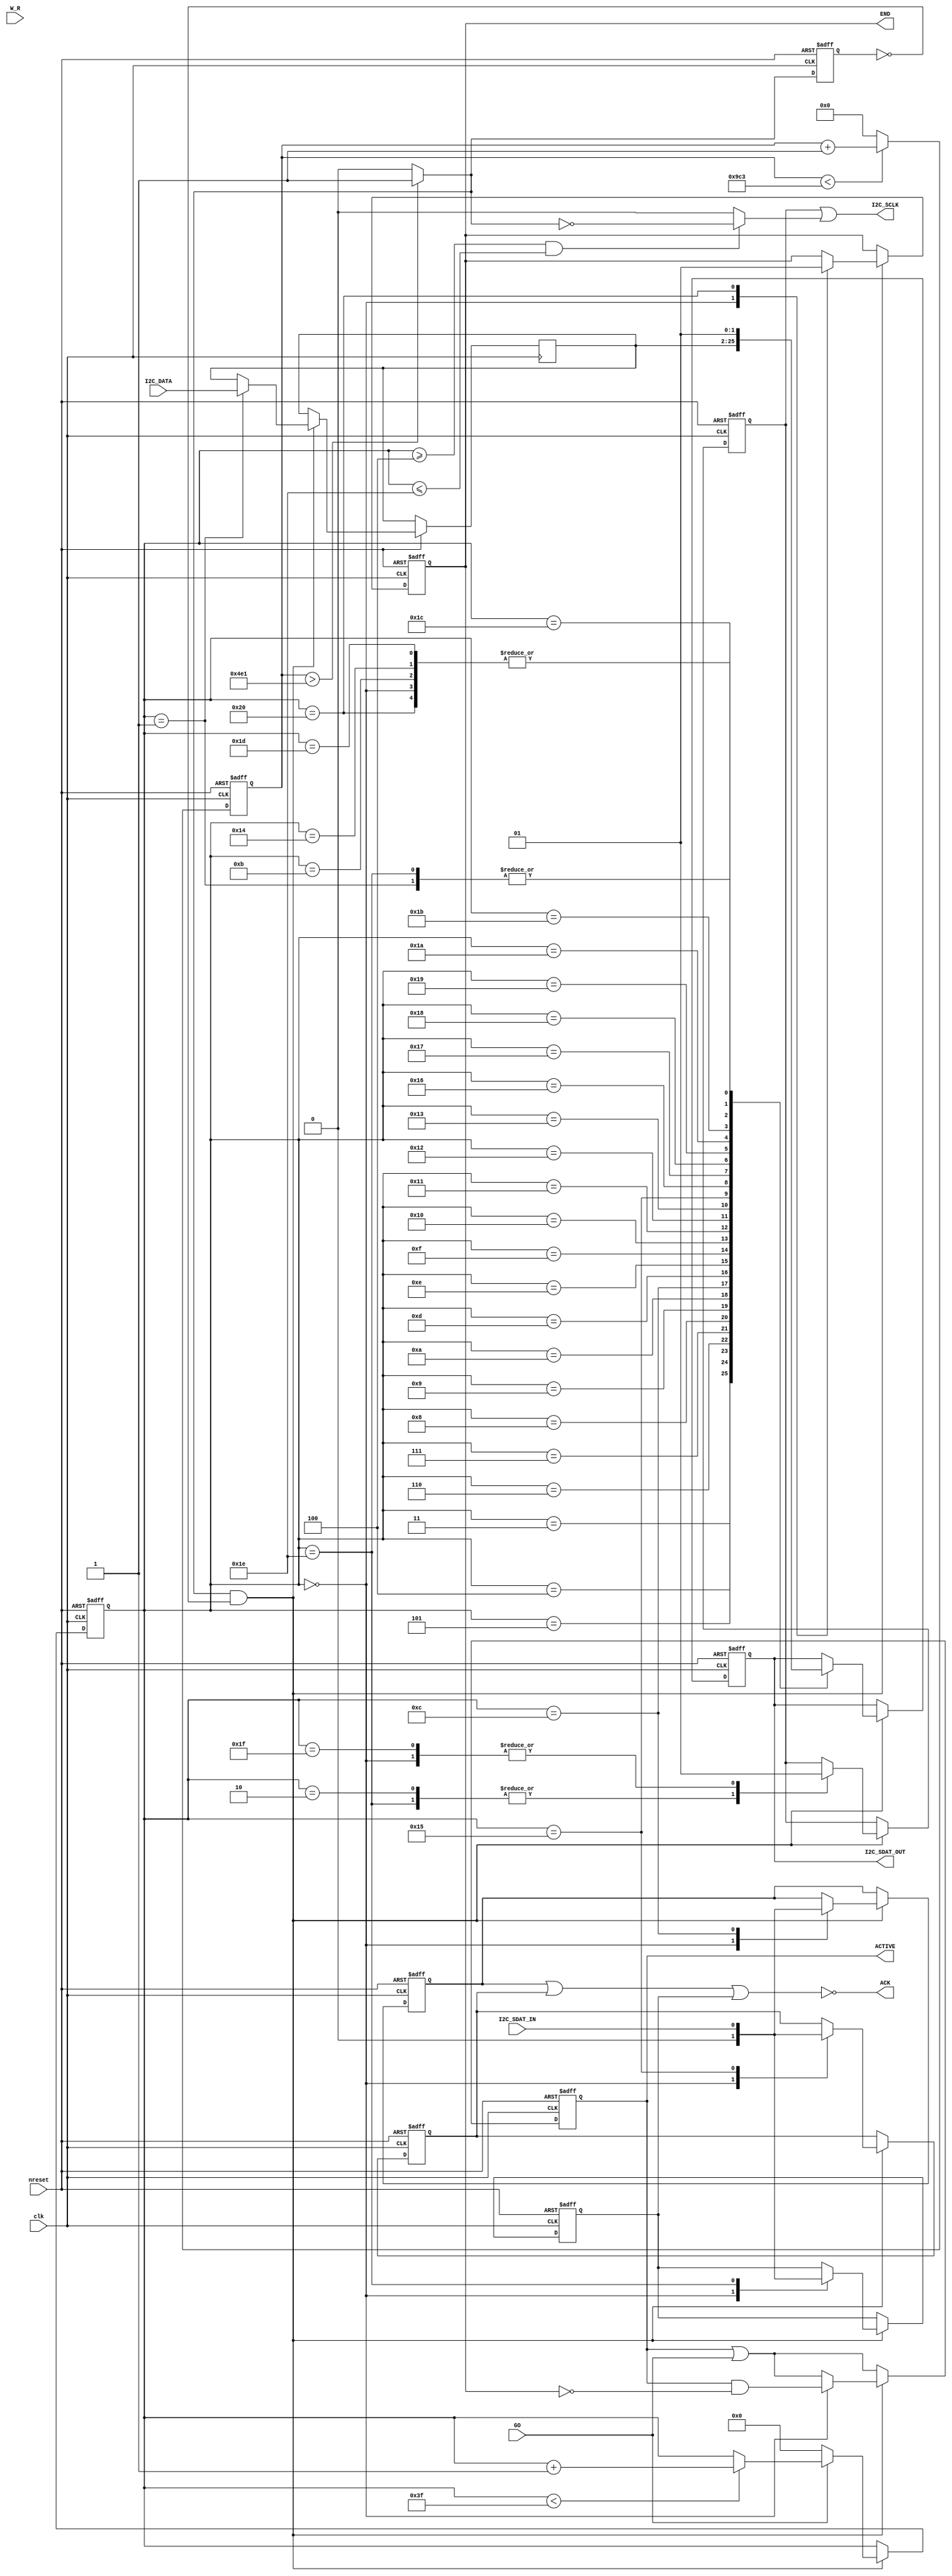
module I2C_Controller (
	clk,
    nreset,
    
	I2C_SCLK, // I2C clk
 	I2C_SDAT_OUT, // I2C DATA
    I2C_SDAT_IN,
	I2C_DATA, // DATA:[SLAVE_ADDR,SUB_ADDR,DATA]
    
	GO,       // GO transfer
	END,      // END transfer 
	W_R,      // W_R
	ACK,      // ACK
    ACTIVE
);

parameter     clk_freq_khz = 50000;	// 50MHz
parameter     i2c_freq_khz = 20;    // 20KHz

// Derived parameters
parameter     i2c_clks_per_bit = (clk_freq_khz / i2c_freq_khz)-1;

input         clk;
input         nreset;

input  [23:0] I2C_DATA;	
input         GO;	
input         W_R;	
output        END;	
output        ACK;
output        ACTIVE;

output        I2C_SDAT_OUT;
input         I2C_SDAT_IN;
output        I2C_SCLK;

reg           SDO;
reg           SCLK;
reg    [11:0] i2c_clk_count;
reg           i2c_clk_last;
reg           END;
reg    [23:0] SD;
reg    [ 5:0] SD_COUNTER;
reg           ACK1;
reg           ACK2;
reg           ACK3;
reg           ACTIVE;
           
wire          i2c_clk      = (i2c_clk_count > (i2c_clks_per_bit/2)) ? 1'b1 : 1'b0;
wire          i2c_clk_rise = i2c_clk & ~i2c_clk_last;

assign        I2C_SCLK     = SCLK | (((SD_COUNTER >= 4) && (SD_COUNTER <= 30)) ? ~i2c_clk : 1'b0);
assign        I2C_SDAT_OUT = SDO;
assign        ACK          = ~(ACK1 | ACK2 | ACK3);

// Generate I2C clock
always @(posedge clk or negedge nreset)
begin
  if (nreset == 1'b0)
  begin
    i2c_clk_count <= {12{1'b0}};
    i2c_clk_last  <= 1'b0;
  end
  else
  begin
    i2c_clk_last <= i2c_clk;
    if (i2c_clk_count < i2c_clks_per_bit)
    begin
      i2c_clk_count <= i2c_clk_count + 12'd1;
    end
    else
    begin
      i2c_clk_count <= {12{1'b0}};
    end
  end
end

always @(posedge clk or negedge nreset) 
begin
  if (nreset == 1'b0)
  begin 
    SCLK       <= 1'b1;
    SDO        <= 1'b1; 
    ACK1       <= 1'b0;
    ACK2       <= 1'b0;
    ACK3       <= 1'b0; 
    END        <= 1'b1;
    ACTIVE     <= 1'b0;
    SD_COUNTER <= 6'h3f;
  end
  else
  begin
    ACTIVE <= ACTIVE | GO;
    // Update state only on I2C clock rising edge
    if (i2c_clk_rise)
    begin
      // I2C counter
      if (GO == 1'b0)
      begin
        SD_COUNTER <= 6'h00;
      end
      else
      begin      
        if (SD_COUNTER < 6'h3f)
        begin
          SD_COUNTER <= SD_COUNTER + 6'h01;
        end
      end
    
      case (SD_COUNTER)
	  6'd0 : 
      begin 
        ACK1   <= 1'b0;
        ACK2   <= 1'b0;
        ACK3   <= 1'b0;
        END    <= 1'b0;
        SDO    <= 1'b1;
        SCLK   <= 1'b1;
        ACTIVE <= ACTIVE & ~END;
      end
	  //start
	  6'd1 : 
      begin 
        SD  <= I2C_DATA;
        SDO <= 0;
      end
	  6'd2 : SCLK = 1'b0;
	  //SLAVE ADDR
	  6'd3 : SDO <= SD[23];
	  6'd4 : SDO <= SD[22];
	  6'd5 : SDO <= SD[21];
	  6'd6 : SDO <= SD[20];
	  6'd7 : SDO <= SD[19];
	  6'd8 : SDO <= SD[18];
	  6'd9 : SDO <= SD[17];
	  6'd10: SDO <= SD[16];	
	  6'd11: SDO <= 1'b1;//ACK
      
	  //SUB ADDR
	  6'd12: 
      begin 
        SDO  = SD[15]; 
        ACK1 = I2C_SDAT_IN;
      end
	  6'd13: SDO <= SD[14];
	  6'd14: SDO <= SD[13];
	  6'd15: SDO <= SD[12];
	  6'd16: SDO <= SD[11];
	  6'd17: SDO <= SD[10];
	  6'd18: SDO <= SD[9];
	  6'd19: SDO <= SD[8];
	  6'd20: SDO <= 1'b1;//ACK
      
	  //DATA
	  6'd21:
      begin 
        SDO  <= SD[7];
        ACK2 <= I2C_SDAT_IN;
      end
	  6'd22: SDO <= SD[6];
	  6'd23: SDO <= SD[5];
	  6'd24: SDO <= SD[4];
	  6'd25: SDO <= SD[3];
	  6'd26: SDO <= SD[2];
	  6'd27: SDO <= SD[1];
	  6'd28: SDO <= SD[0];
	  6'd29: SDO <= 1'b1;//ACK
      
	  //stop
      6'd30 :
      begin 
        SDO  <= 1'b0;
        SCLK <= 1'b0;
        ACK3 <= I2C_SDAT_IN;
      end	
      6'd31: SCLK <= 1'b1; 
      6'd32:
      begin
        SDO <= 1'b1;
        END <= 1'b1; 
      end 
      endcase
    end
  end
end

endmodule